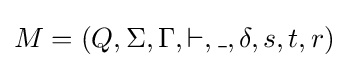
M=(Q,\Sigma ,\Gamma ,\vdash ,\_,\delta ,s,t,r)